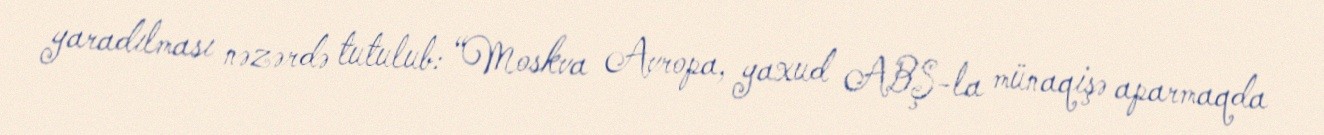
yaradılması nəzərdə tutulub: “Moskva Avropa, yaxud ABŞ-la münaqişə aparmaqda